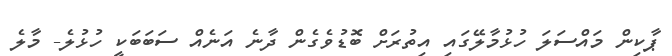
ޕާކިން މައްސަލަ ހުޅުމާލޭގައި އިތުރަށް ބޮޑުވެެގެން ދާނެ އަނެއް ސަބަބަކީ ހުޅުލެ- މާލެ